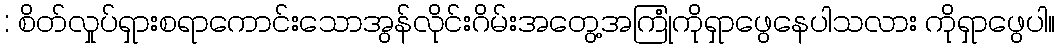
: စိတ်လှုပ်ရှားစရာကောင်းသောအွန်လိုင်းဂိမ်းအတွေ့အကြုံကိုရှာဖွေနေပါသလား ကိုရှာဖွေပါ။